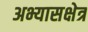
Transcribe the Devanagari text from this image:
अभ्यासक्षेत्र